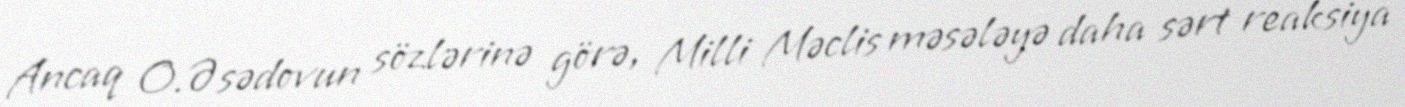
Ancaq O.Əsədovun sözlərinə görə, Milli Məclis məsələyə daha sərt reaksiya